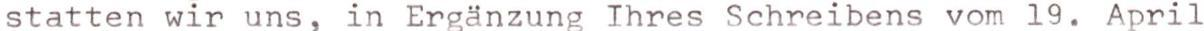
statten wir uns, in Ergänzung Ihres Schreibens vom 19. April